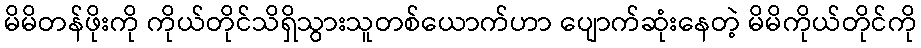
မိမိတန်ဖိုးကို ကိုယ်တိုင်သိရှိသွားသူတစ်ယောက်ဟာ ပျောက်ဆုံးနေတဲ့ မိမိကိုယ်တိုင်ကို